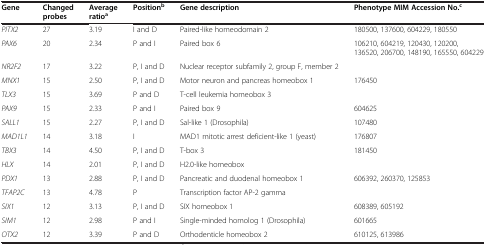
| Gene | Changed probes | Average ratioa | Positionb | Gene description | Phenotype MIM Accession No.c |
 | --- | --- | --- | --- | --- | --- |
 | PITX2 | 27 | 3.19 | I and D | Paired-like homeodomain 2 | 180500, 137600, 604229, 180550 |
 | PAX6 | 20 | 2.34 | P and I | Paired box 6 | 106210, 604219, 120430, 120200, 136520, 206700, 148190, 165550, 604229 |
 | NR2F2 | 17 | 3.22 | P, I and D | Nuclear receptor subfamily 2, group F, member 2 |  |
 | MNX1 | 15 | 2.50 | P, I and D | Motor neuron and pancreas homeobox 1 | 176450 |
 | TLX3 | 15 | 3.69 | P and D | T-cell leukemia homeobox 3 |  |
 | PAX9 | 15 | 2.33 | P and I | Paired box 9 | 604625 |
 | SALL1 | 15 | 2.27 | P, I and D | Sal-like 1 (Drosophila) | 107480 |
 | MAD1L1 | 14 | 3.18 | I | MAD1 mitotic arrest deficient-like 1 (yeast) | 176807 |
 | TBX3 | 14 | 4.50 | P, I and D | T-box 3 | 181450 |
 | HLX | 14 | 2.01 | P, I and D | H2.0-like homeobox |  |
 | PDX1 | 13 | 2.88 | P, I and D | Pancreatic and duodenal homeobox 1 | 606392, 260370, 125853 |
 | TFAP2C | 13 | 4.78 | P | Transcription factor AP-2 gamma |  |
 | SIX1 | 12 | 3.13 | P, I and D | SIX homeobox 1 | 608389, 605192 |
 | SIM1 | 12 | 2.98 | P and I | Single-minded homolog 1 (Drosophila) | 601665 |
 | OTX2 | 12 | 3.39 | P and D | Orthodenticle homeobox 2 | 610125, 613986 |